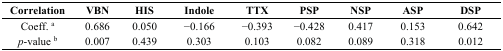
| Correlation | VBN | HIS | Indole | TTX | PSP | NSP | ASP | DSP |
 | --- | --- | --- | --- | --- | --- | --- | --- | --- |
 | Coeff. a | 0.686 | 0.050 | −0.166 | −0.393 | −0.428 | 0.417 | 0.153 | 0.642 |
 | p-value b | 0.007 | 0.439 | 0.303 | 0.103 | 0.082 | 0.089 | 0.318 | 0.012 |